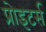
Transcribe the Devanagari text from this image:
प्रोइटर्स